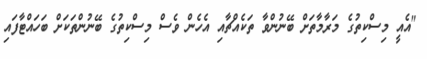
"އެއީ މިސްކިތުގެ މަރާމާތަށް ބޭނުންވާ ތަކެއްޗާއި އެހެން ވެސް މިސްކިތުގެ ބޭނުންތަކަށް ބަހައްޓާފައި